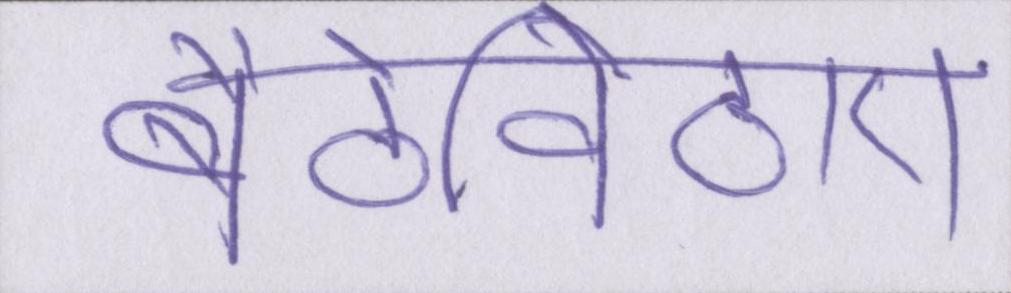
बैठेबिठाए